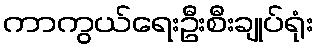
ကာကွယ်ရေးဦးစီးချုပ်ရုံး